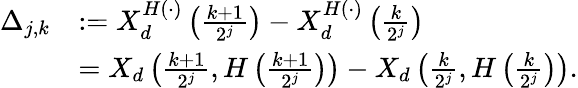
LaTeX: \begin{array}{rl}{\Delta_{j,k}}&{:=X_{d}^{H(\cdot)}\left(\frac{k+1}{2^{j}}\right)-X_{d}^{H(\cdot)}\left(\frac{k}{2^{j}}\right)}\\ &{=X_{d}\left(\frac{k+1}{2^{j}},H\left(\frac{k+1}{2^{j}}\right)\right)-X_{d}\left(\frac{k}{2^{j}},H\left(\frac{k}{2^{j}}\right)\right).}\end{array}